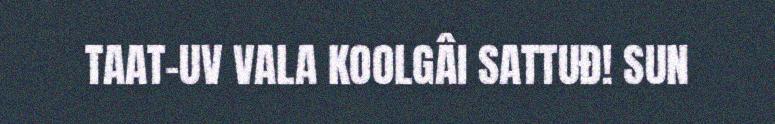
TAAT-UV VALA KOOLGÂI SATTUĐ! SUN